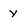
Character: y